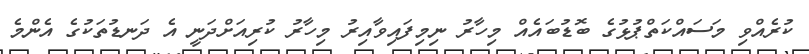
ކުރެއްވި މަސައްކަތްޕުޅުގެ ބޮޑުބައެއް މިހާރު ނިމިފައިވާއިރު މިހާރު ކުރިއަށްދަނީ އެ ދަނޑުތަކުގެ އެންމެ